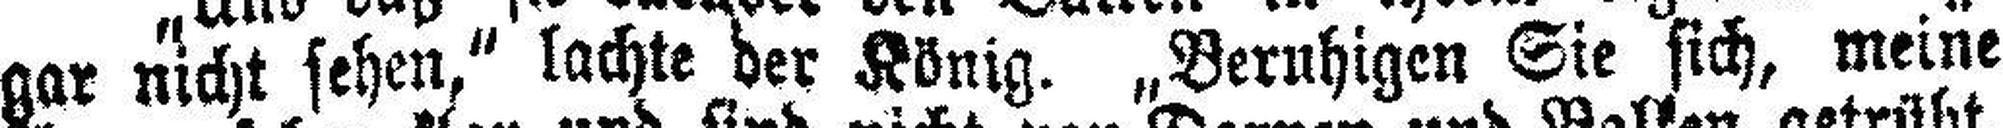
gar nicht sehen,“ lachte der König. „Beruhigen Sie sich, meine